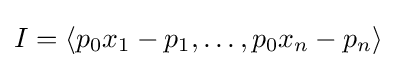
I=\left\langle p_{0}x_{1}-p_{1},\ldots ,p_{0}x_{n}-p_{n}\right\rangle